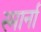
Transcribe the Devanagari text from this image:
स्मार्ना